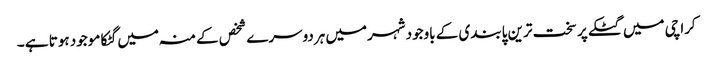
کراچی میں گٹکے پر سخت ترین پابندی کے باوجود شہرمیں ہردوسرے شخص کے منہ میں گٹکا موجود ہوتا ہے ۔